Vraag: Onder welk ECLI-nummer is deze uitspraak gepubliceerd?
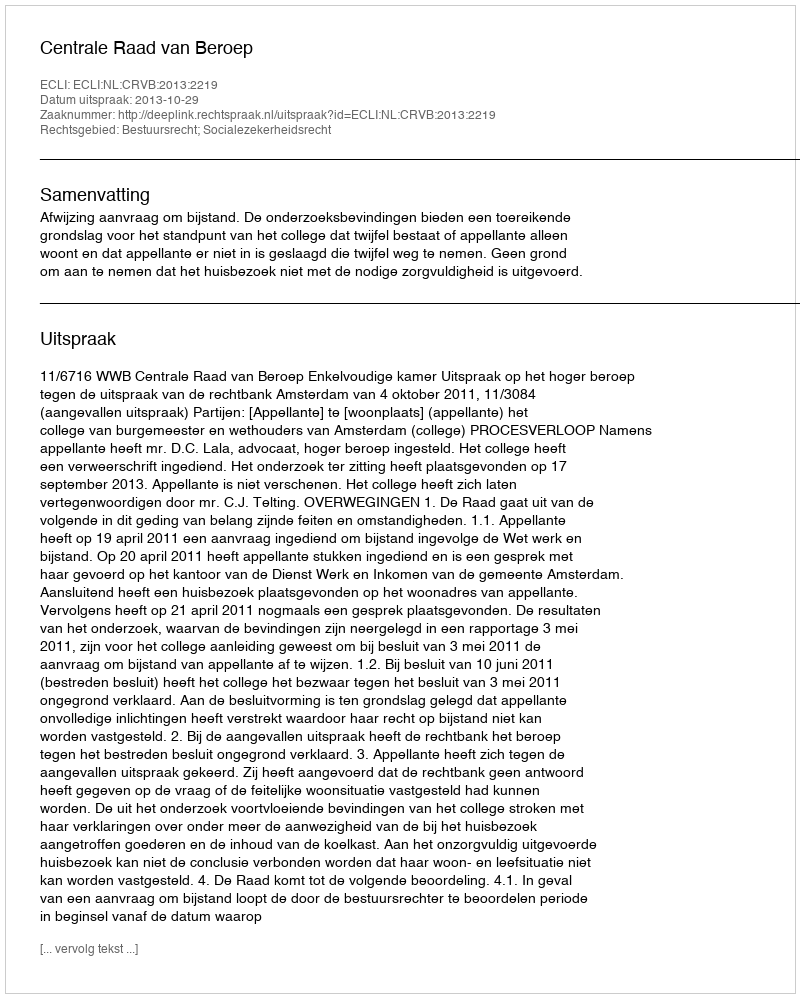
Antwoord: ECLI:NL:CRVB:2013:2219